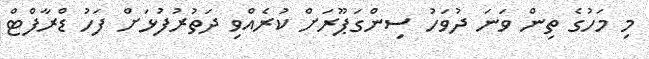
މި މަހުގެ ތިން ވަނަ ދުވަހު ސިންގަޕޫރަށް ކުރެއްވި ދަތުރުފުޅަށް ފަހު ޑްރާފްޓް